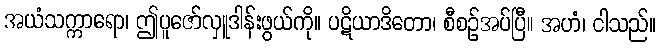
အယံသက္ကာရော၊ ဤပူဇော်လှူဒါန်းဖွယ်ကို။ ပဋိယာဒိတော၊ စီစဉ်အပ်ပြီ။ အဟံ၊ ငါသည်။